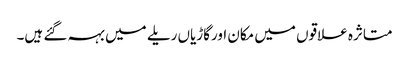
متاثرہ علاقوں میں مکان اورگاڑیاں ریلے میں بہہ گئے ہیں۔